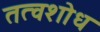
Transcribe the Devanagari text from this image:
तत्वशोध